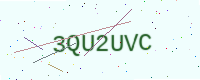
Text: 3QU2UVC